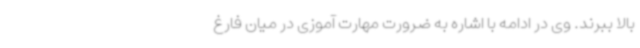
بالا ببرند. وی در ادامه با اشاره به ضرورت مهارت آموزی در میان فارغ